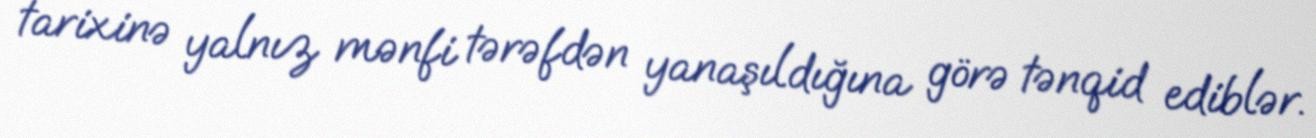
tarixinə yalnız mənfi tərəfdən yanaşıldığına görə tənqid ediblər.